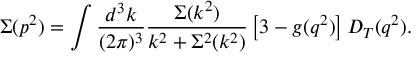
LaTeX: \Sigma ( p ^ { 2 } ) = \int \frac { d ^ { 3 } k } { ( 2 \pi ) ^ { 3 } } \frac { \Sigma ( k ^ { 2 } ) } { k ^ { 2 } + \Sigma ^ { 2 } ( k ^ { 2 } ) } \left[ 3 - g ( q ^ { 2 } ) \right] D _ { T } ( q ^ { 2 } ) .